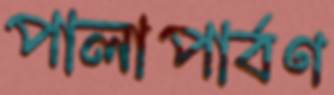
পালাপার্বণ